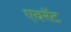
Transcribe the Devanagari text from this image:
एवरॅट